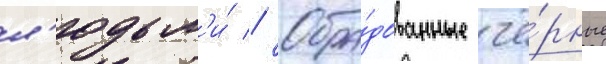
л'юдьм'и́ // Обра́дованные чё́рные